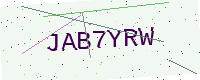
Text: JAB7YRW